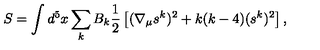
S = \int d ^ { 5 } x \sum _ { k } B _ { k } \frac { 1 } { 2 } \left[ ( \nabla _ { \mu } s ^ { k } ) ^ { 2 } + k ( k - 4 ) ( s ^ { k } ) ^ { 2 } \right] ,